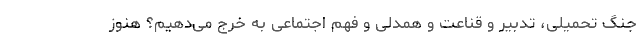
جنگ تحمیلی، تدبیر و قناعت و همدلی و فهم اجتماعی به خرج می‌دهیم؟ هنوز